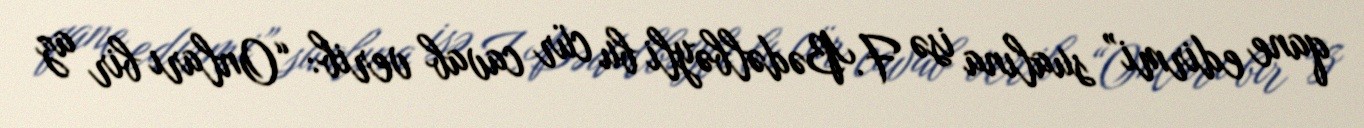
qane edirmi” sualına isə F.Bədəlbəyli bu cür cavab verib: “Onları bir az